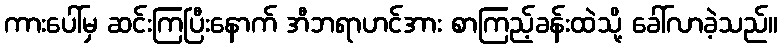
ကားပေါ်မှ ဆင်းကြပြီးနောက် အီဘရာဟင်အား စာကြည့်ခန်းထဲသို့ ခေါ်လာခဲ့သည်။